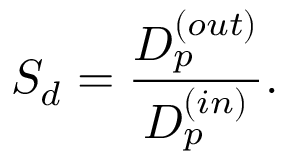
{ \cal S } _ { d } = { \frac { D _ { p } ^ { ( o u t ) } } { D _ { p } ^ { ( i n ) } } } .